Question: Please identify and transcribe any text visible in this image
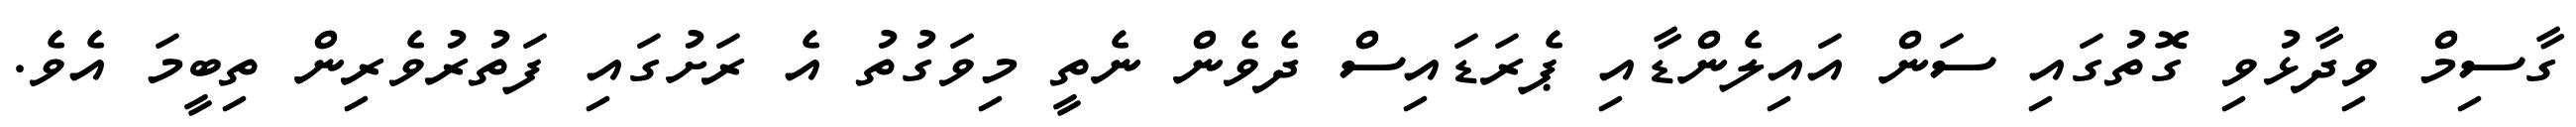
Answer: ގާސިމް ވިދާޅުވި ގޮތުގައި ސަން އައިލެންޑާއި ޕެރަޑައިސް ދެވެން ނެތީ މިވަގުތު އެ ރަށުގައި ފަތުރުވެރިން ތިބީމަ އެވެ.